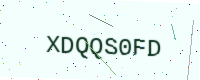
Text: XDQQS0FD